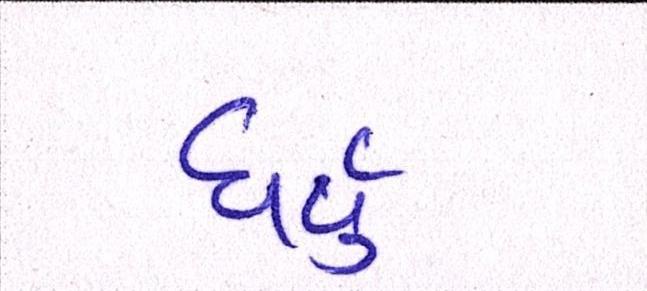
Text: ધર્યું